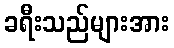
ခရီးသည်များအား